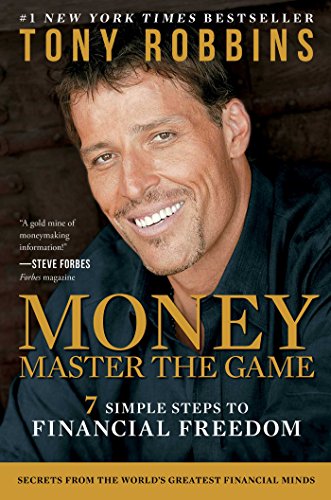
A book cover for MONEY Master the Game: 7 Simple Steps to Financial Freedom; Tony Robbins; Self-Help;